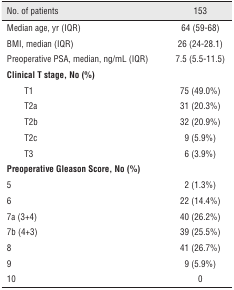
<table><thead><tr><td colspan="2"><b>No. of patients</b></td><td><b>153</b></td></tr></thead><tbody><tr><td colspan="2">Median age, yr (IQR)</td><td>64 (59–68)</td></tr><tr><td colspan="2">BMI, median (IQR)</td><td>26 (24–28.1)</td></tr><tr><td colspan="2">Preoperative PSA, median, ng/mL (IQR)</td><td>7.5 (5.5–11.5)</td></tr><tr><td colspan="3"><b>Clinical T stage, No (%)</b></td></tr><tr><td></td><td>T1</td><td>75 (49.0%)</td></tr><tr><td></td><td>T2a</td><td>31 (20.3%)</td></tr><tr><td></td><td>T2b</td><td>32 (20.9%)</td></tr><tr><td></td><td>T2c</td><td>9 (5.9%)</td></tr><tr><td></td><td>T3</td><td>6 (3.9%)</td></tr><tr><td colspan="3"><b>Preoperative Gleason Score, No (%)</b></td></tr><tr><td colspan="2">5</td><td>2 (1.3%)</td></tr><tr><td colspan="2">6</td><td>22 (14.4%)</td></tr><tr><td colspan="2">7a (3+4)</td><td>40 (26.2%)</td></tr><tr><td colspan="2">7b (4+3)</td><td>39 (25.5%)</td></tr><tr><td colspan="2">8</td><td>41 (26.7%)</td></tr><tr><td colspan="2">9</td><td>9 (5.9%)</td></tr><tr><td colspan="2">10</td><td>0</td></tr></tbody></table>